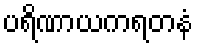
ပရိဏာယကရတနံ